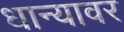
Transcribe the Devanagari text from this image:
धान्यावर